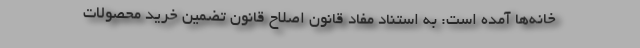
خانه‌ها آمده است: به استناد مفاد قانون اصلاح قانون تضمین خرید محصولات